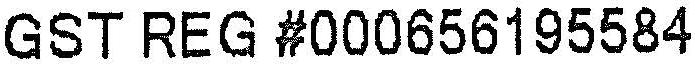
GST REG #000656195584